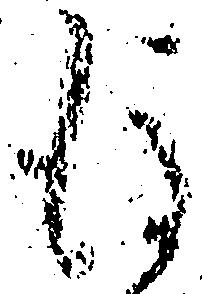
後